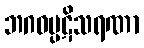
ဘဂဝမ္ပဋိသရဏာ